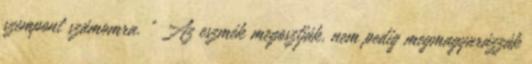
szempont számomra. ” Az eszmék megosztják, nem pedig megmagyarázzák